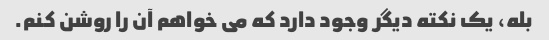
بله، یک نکته دیگر وجود دارد که می خواهم آن را روشن کنم.